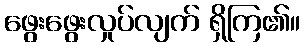
ဖွေးဖွေးလှုပ်လျက် ရှိကြ၏။